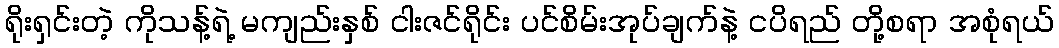
ရိုးရှင်းတဲ့ ကိုသန့်ရဲ့ မကျည်းနှစ် ငါးဇင်ရိုင်း ပင်စိမ်းအုပ်ချက်နဲ့ ငပိရည် တို့စရာ အစုံရယ်